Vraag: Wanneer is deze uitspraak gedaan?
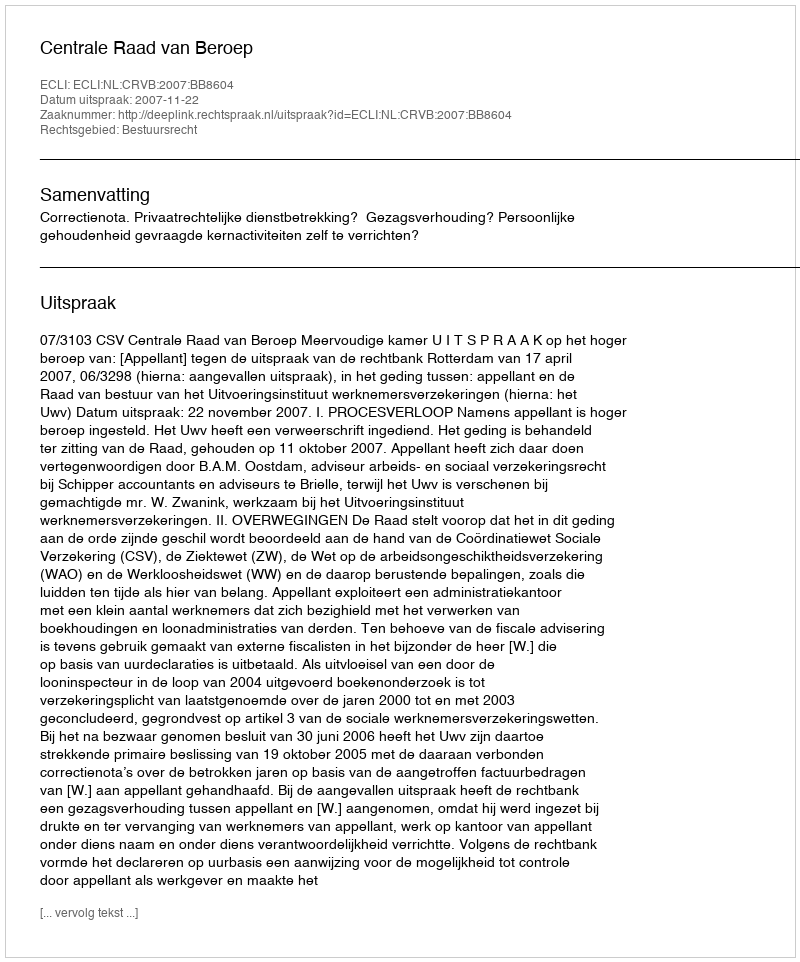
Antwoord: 2007-11-22